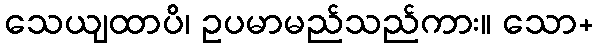
သေယျထာပိ၊ ဥပမာမည်သည်ကား။ သော+